Lunatic asylums Bombay report 1891-1903 - 1891-1903
Year: 1891
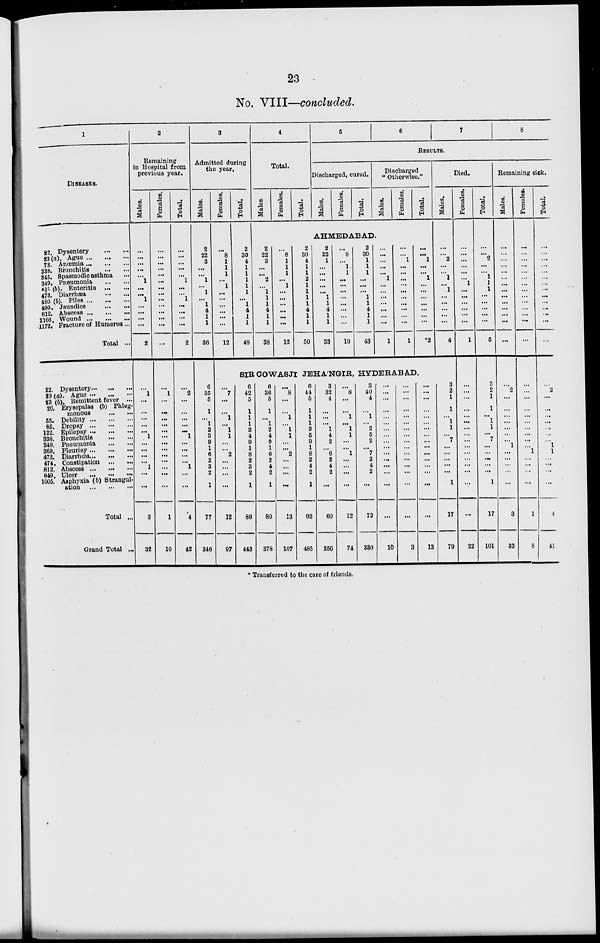
23
No. VIII—concluded.
1
DISEASES.
22. Dysentery
...
...
23(a). Ague ... ... ...
73. Anœmia ... ... ...
338. Bronchitis
...
...
345. Spasmodic asthma ...
349. Pneumonia
...
...
457/3 (b). Enteritis
...
...
473. Diarrhæa
...
...
480 (b). Piles ... ... ...
499. Jaundice
...
...
812. Abscess ... ... ...
1166. Wound
...
...
...
1172. Fracture of Humerus ...
Total ...
22. Dysentery... ... ...
23 (a). Ague ... ... ...
23 (b). Remittent fever ...
26. Erysepalas (b) Phleg-
monous
...
...
55. Debility
...
...
...
85. Dropsy
...
...
...
122. Epilepsy ... ... ...
338. Bronchitis
...
...
349. Pneumonia
...
...
369. Pleurisy ... ... ...
473. Diarrhœa ... ... ...
474. Constipation ... ...
812. Abscess
...
...
...
849. Ulcer
...
...
...
1005. Asphyxia (b) Strangul-
ation
...
...
...
Total ...
Grand Total ...
2
Remaining
in Hospital from
previous year.
Males.
...
...
...
...
...
1
...
...
1
...
...
...
...
2
...
1
...
...
...
...
...
1
...
...
...
...
1
...
...
3
32
Females.
...
...
...
...
...
...
...
...
...
...
...
...
...
...
...
1
...
...
...
...
...
...
...
...
...
...
...
...
...
1
10
Total.
...
...
...
...
...
1
...
...
1
...
...
...
...
2
...
2
...
...
...
...
...
1
...
...
...
...
1
...
...
4
42
3
Admitted during
the year.
Males.
2
22
3
...
...
1
...
1
...
1
4
...
...
36
6
35
5
1
...
1
2
3
9
1
6
2
3
2
1
77
346
Females.
...
8
1
1
1
...
1
...
...
...
...
...
...
12
Total.
2
30
4
1
1
1
1
1
...
1
4
1
1
48
4
Total.
Males.
Females.
Total.
5
6
7
8
RESULTS.
Discharged, cured.
Males.
Females.
Total.
Discharged
"Otherwise."
Males.
Females.
Total.
AHMEDABAD.
2
22
3
...
...
2
...
1
1
1
4
1
1
38
...
8
1
1
1
...
1
...
...
...
...
...
...
12
2
30
4
1
1
2
1
1
1
1
4
1
1
50
2
22
1
...
...
...
...
...
1
1
4
1
1
33
...
8
...
1
1
...
...
...
...
...
...
...
...
10
2
30
1
1
1
...
...
...
1
1
4
1
1
43
...
...
...
...
...
1
...
...
...
...
...
...
...
1
...
...
1
...
...
...
...
...
...
...
...
...
...
1
...
...
1
...
...
1
...
...
...
...
...
...
...
*2
Died.
Males.
...
...
2
...
...
1
...
1
...
...
...
...
...
4
SIR COWASJI JEHA'NGIR, HYDERABAD.
...
7
...
...
1
...
1
1
...
...
2
...
...
...
...
12
97
6
42
5
1
1
1
3
4
9
1
8
2
3
2
1
89
443
6
36
5
1
...
1
2
4
9
1
6
2
4
2
1
80
378
...
8
...
...
1
...
1
1
...
...
2
...
...
...
...
13
107
6
44
5
1
1
1
3
5
9
1
8
2
4
2
1
93
485
3
32
4
...
...
...
1
4
2
...
6
2
4
2
...
60
256
...
8
...
...
1
...
1
1
...
...
1
...
...
...
...
12
74
3
40
4
...
1
...
2
5
2
...
7
2
4
2
...
72
330
...
...
...
...
...
...
...
...
...
...
...
...
...
...
...
...
10
...
...
...
...
...
...
...
...
...
...
...
...
...
...
...
...
3
...
...
...
...
...
...
...
...
...
...
...
...
...
...
...
...
13
3
2
1
1
...
1
1
...
7
...
...
...
...
...
1
17
79
Females.
...
...
...
...
...
...
1
...
...
...
...
...
...
1
...
...
...
...
...
...
...
...
...
...
...
...
...
...
...
...
22
Total.
...
...
2
...
...
1
1
1
...
...
...
...
...
5
3
2
1
1
...
1
1
...
7
...
...
...
...
...
1
17
101
Remaining sick.
Males.
...
...
...
...
...
...
...
...
...
...
...
...
...
...
...
2
...
...
...
...
...
...
...
1
...
...
...
...
...
3
33
Females.
...
...
...
...
...
...
...
...
...
...
...
...
...
...
...
...
...
...
...
...
...
...
...
...
1
...
...
...
...
1
8
Total.
...
...
...
...
...
...
...
...
...
...
...
...
...
...
...
2
...
...
...
...
...
...
...
1
1
...
...
...
...
4
41
* Transferred to the care of friends.